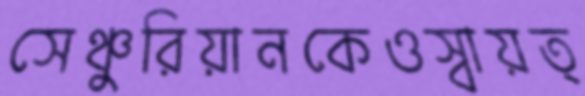
সেঞ্চুরিয়ানকেওস্বায়ত্